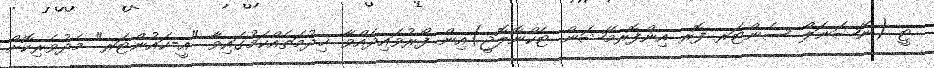
ޓީ (ނޭޝަނަލް ސެންޓަރ ފޮރ އިންފޮރމޭޝަން ޓެކްނޮލޮޖީ)އިން ފޯރުވައިދެއްވާ ޚިދުމަތެއްކަމުގައިވާ "އީ-ކައުންޓަރ" މެދުވެރިކޮށް